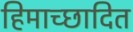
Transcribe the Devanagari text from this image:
हिमाच्‍छादित